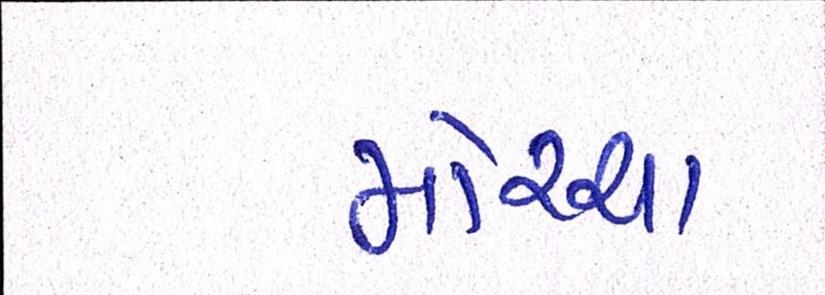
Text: મોરચા